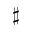
\sharp